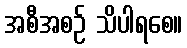
အစီအစဉ် သိပါရစေ။